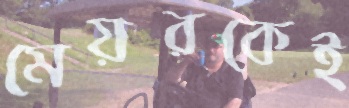
মেয়রকেই